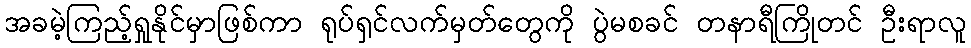
အခမဲ့ကြည့်ရှုနိုင်မှာဖြစ်ကာ ရုပ်ရှင်လက်မှတ်တွေကို ပွဲမစခင် တနာရီကြိုတင် ဦးရာလူ